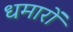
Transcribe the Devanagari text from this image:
धमारों